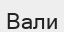
Вали